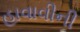
હાવાવીની